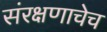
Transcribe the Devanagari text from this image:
संरक्षणाचेच